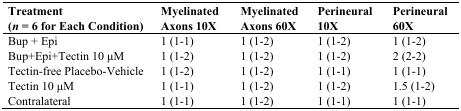
| Treatment (n = 6 for Each Condition) | Myelinated Axons 10X | Myelinated Axons 60X | Perineural 10X | Perineural 60X |
 | --- | --- | --- | --- | --- |
 | Bup + Epi | 1 (1-1) | 1 (1-2) | 1 (1-2) | 1 (1-2) |
 | Bup+Epi+Tectin 10 μM | 1 (1-2) | 1 (1-2) | 1 (1-2) | 2 (2-2) |
 | Tectin-free Placebo-Vehicle | 1 (1-2) | 1 (1-2) | 1 (1-1) | 1 (1-1) |
 | Tectin 10 μM | 1 (1-1) | 1 (1-2) | 1 (1-2) | 1.5 (1-2) |
 | Contralateral | 1 (1-1) | 1 (1-2) | 1 (1-1) | 1 (1-1) |